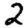
Digit: 2